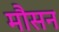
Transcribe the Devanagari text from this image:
मौसन